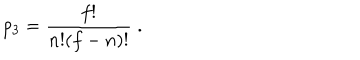
p _ { 3 } = { \frac { f ! } { n ! ( f - n ) ! } } \; .